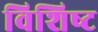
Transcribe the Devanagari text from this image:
विशिष्‍ट